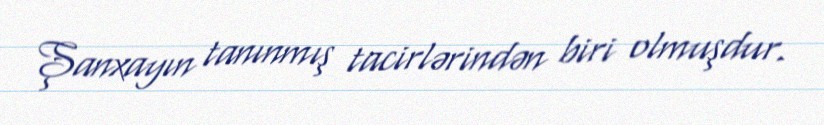
Şanxayın tanınmış tacirlərindən biri olmuşdur.